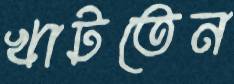
খাটতেন